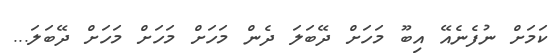
ކަމަށް ނުފެނެއޭ އިބޫ މަހަށް ދޭބަލަ ދެން މަަހަށް މަހަށް މަހަށް ދޭބަލަ...